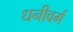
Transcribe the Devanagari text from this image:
धनीवर्ग